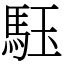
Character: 𩢤